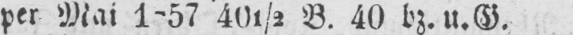
per Mai 1-57 401/2 B. 40 bz. u. G.